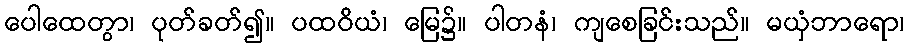
ပေါထေတွာ၊ ပုတ်ခတ်၍။ ပထဝိယံ၊ မြေ၌။ ပါတနံ၊ ကျစေခြင်းသည်။ မယှံဘာရော၊